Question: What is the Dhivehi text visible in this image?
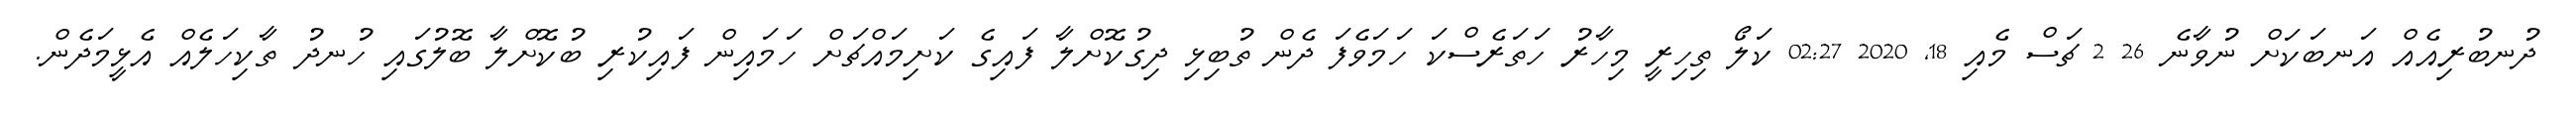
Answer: ދުނބުރިއެއް އަނބަކަށް ނުވާނެ 26 2 ޗަސް މެއި 18, 2020 02:27 ކަލޯ ތިހިރީ މިހާރު ހަތަރެސްކަ ހަމަވެފަ ދެން ތުބިޅި ދިގުކޮށްލާ ފައިގެ ކަށިމައްޗަށް ހަމައިން ފައިކުރި ބުކޮށްލާ ބޮލުގައި ހުނދު ތާކިހަލެއް އެޅީމަދެން.